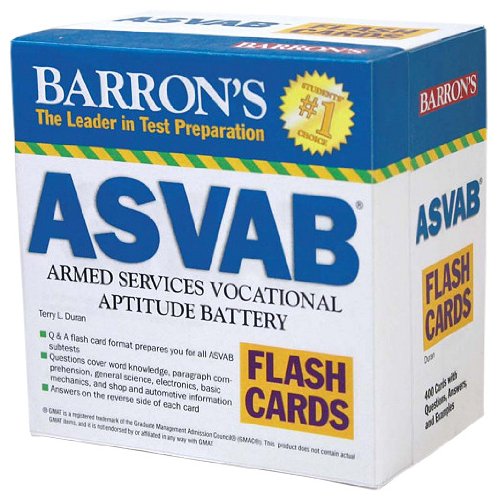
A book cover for Barron's ASVAB Flash Cards: Armed Services Vocational Aptitude Battery; Terry L. Duran; Test Preparation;